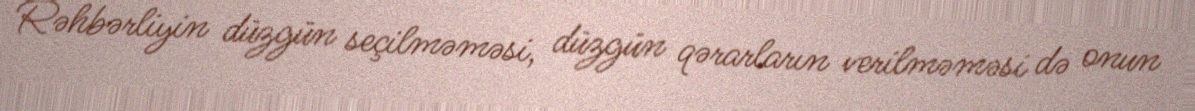
Rəhbərliyin düzgün seçilməməsi, düzgün qərarların verilməməsi də onun